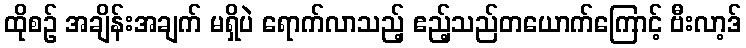
ထိုစဉ် အချိန်းအချက် မရှိပဲ ရောက်လာသည့် ဧည့်သည်တယောက်ကြောင့် ဗီးလာ့ဒ်